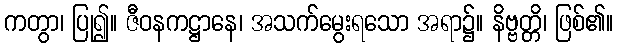
ကတွာ၊ ပြု၍။ ဇီဝနကဋ္ဌာနေ၊ အသက်မွေးရသော အရာ၌။ နိဗ္ဗတ္တိ၊ ဖြစ်၏။